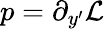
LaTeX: p=\partial_{y^{\prime}}{\cal{L}}